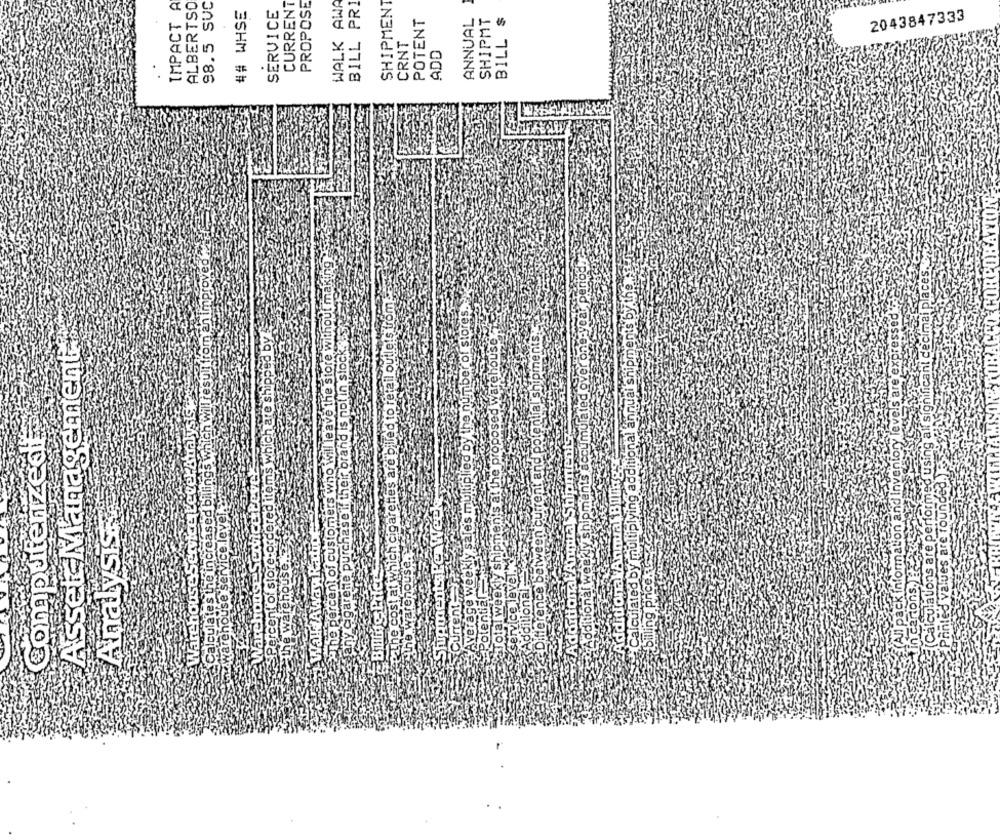
IMPACT A
ALBERTSO
98.5 SUC
SERVICE
CURRENT
PROPOSE
WALK AWA
BILL PRI
SHIPMENT
## WHSE
POTENT
ANNUAL
SHIPMT
BILL $
2043847333
CRNT
ADD
he percent of customers who will leave the store without making
earp
ekly sales multiplied by the number of stores.
reme purchase if their brand is not in stock. sy
Asset Management-
ered items which are shipped by
potential shipment
Ings which will resu
(Calculations are performed using all significa
ck information and Inventory levels are
cumulated
Warehouse Service Level Analysis
computerized
usin
nt and
addi
Warehouse Service Pev
Printed values are found
Calculated by multiplyi
e increase
warehouse service level
Analysi
SPercent of store:os
Yay Ra
9 prices
Difference be
nak
eexly
SU
the waren
ons
Calculai
Adorth
Açdit
Add
car
aver
Pote
Wa